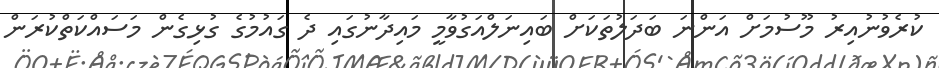
ކުރެވުނުއިރު މޫސުމަށް އަންނަ ބަދަލުތަކަށް ބައިނަލްއަގުވާމީ މައިދާނުގައި ދެ ގައުމުގެ ގުޅިގެން މަސައްކަތްކުރަން